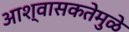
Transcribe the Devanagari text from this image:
आश्वासकतेमुळे